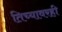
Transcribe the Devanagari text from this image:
तिच्यावरही